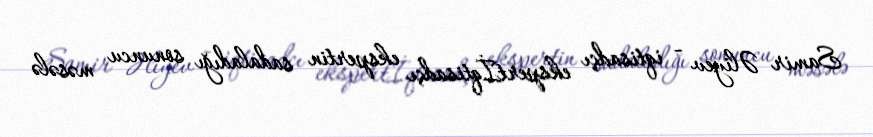
Samir Əliyev - iqtisadçı ekspertİqtisadçı ekspertin sadaladığı sonuncu məsələ